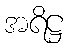
အရိဋ္ဌ